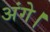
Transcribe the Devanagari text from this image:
अंगे।